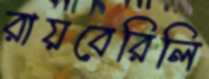
রায়বেরিলি